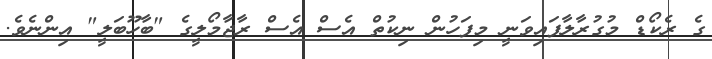
ގެ ރެކޯޑް މުގުރާލާފައިވަނީ މިފަހުން ނިކުތް އެސް އެސް ރާޖާމޯލީގެ "ބާހޫބަލީ" އިންނެވެ.